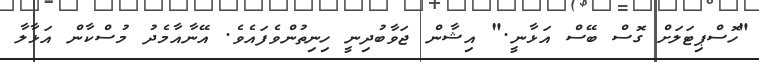
"ހޮސްޕިޓަލަށް ގޮސް ބޭސް އަޅާނީ." އިޝާން ޖަވާބުދިނީ ހިނިތުންވެފައެވެ. އޭނާއާމެދު މުސްކާން އަޅާލާ